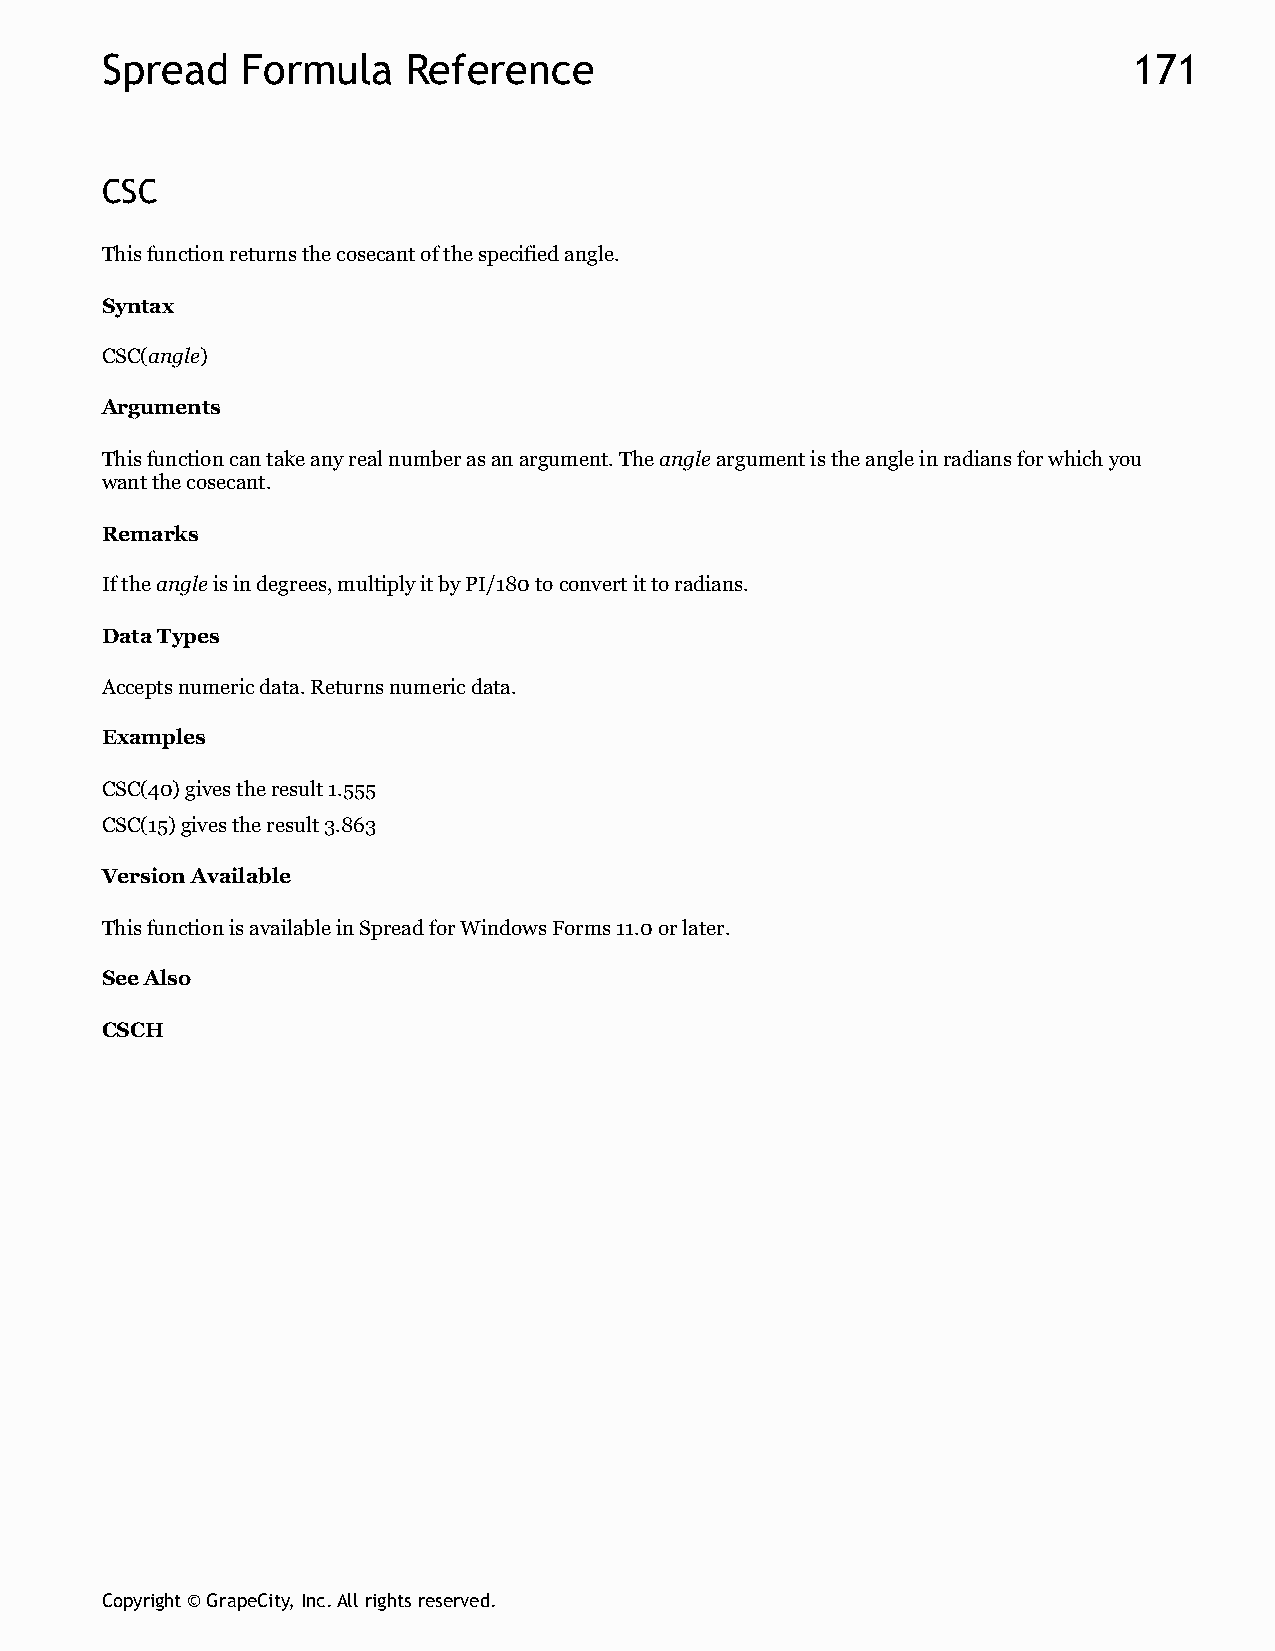
Spread   Formula    Reference                                       171
 CSC
 This function returns the cosecant of the specified angle.
 Syntax
 CSC(angle)
 Arguments
 This function can take any real number as an argument. The angle argument is the angle in radians for which you
 want the cosecant.
 Remarks
 If the angle is in degrees, multiply it by PI/180 to convert it to radians.
 Data Types
 Accepts numeric data. Returns numeric data.
 Examples
 CSC(40) gives the result 1.555
 CSC(15) gives the result 3.863
 Version Available
 This function is available in Spread for Windows Forms 11.0 or later.
 See Also
 CSCH
 Copyright © GrapeCity, Inc. All rights reserved.